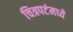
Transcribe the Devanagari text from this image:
चित्रपटंमध्ये